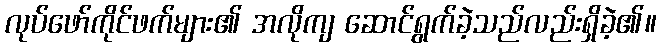
လုပ်ဖော်ကိုင်ဖက်များ၏ အလိုကျ ဆောင်ရွက်ခဲ့သည်လည်းရှိခဲ့၏။